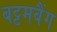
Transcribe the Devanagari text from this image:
बट्टमबैंग